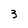
Character: 3